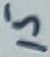
Text: 15